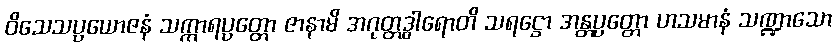
ဝိသေသပ္ပယောဇနံ သက္ကာရပ္ပတ္တော ဇာနာမိ အဂုတ္တဒွါရောတိ သရဋ္ဌော အန္တပ္ပတ္တော ဟသမာနံ သဏ္ဍာသော